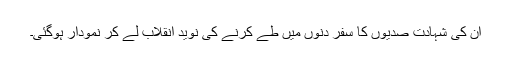
ان کی شہادت صدیوں کا سفر دنوں میں طے کرنے کی نوید انقلاب لے کر نمودار ہوگئی۔